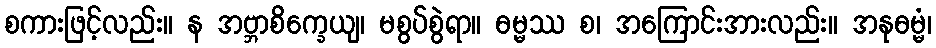
စကားဖြင့်လည်း။ န အဗ္ဘာစိက္ခေယျ၊ မစွပ်စွဲရာ။ ဓမ္မဿ စ၊ အကြောင်းအားလည်း။ အနုဓမ္မံ၊